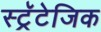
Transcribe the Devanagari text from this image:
स्ट्रॅटेजिक